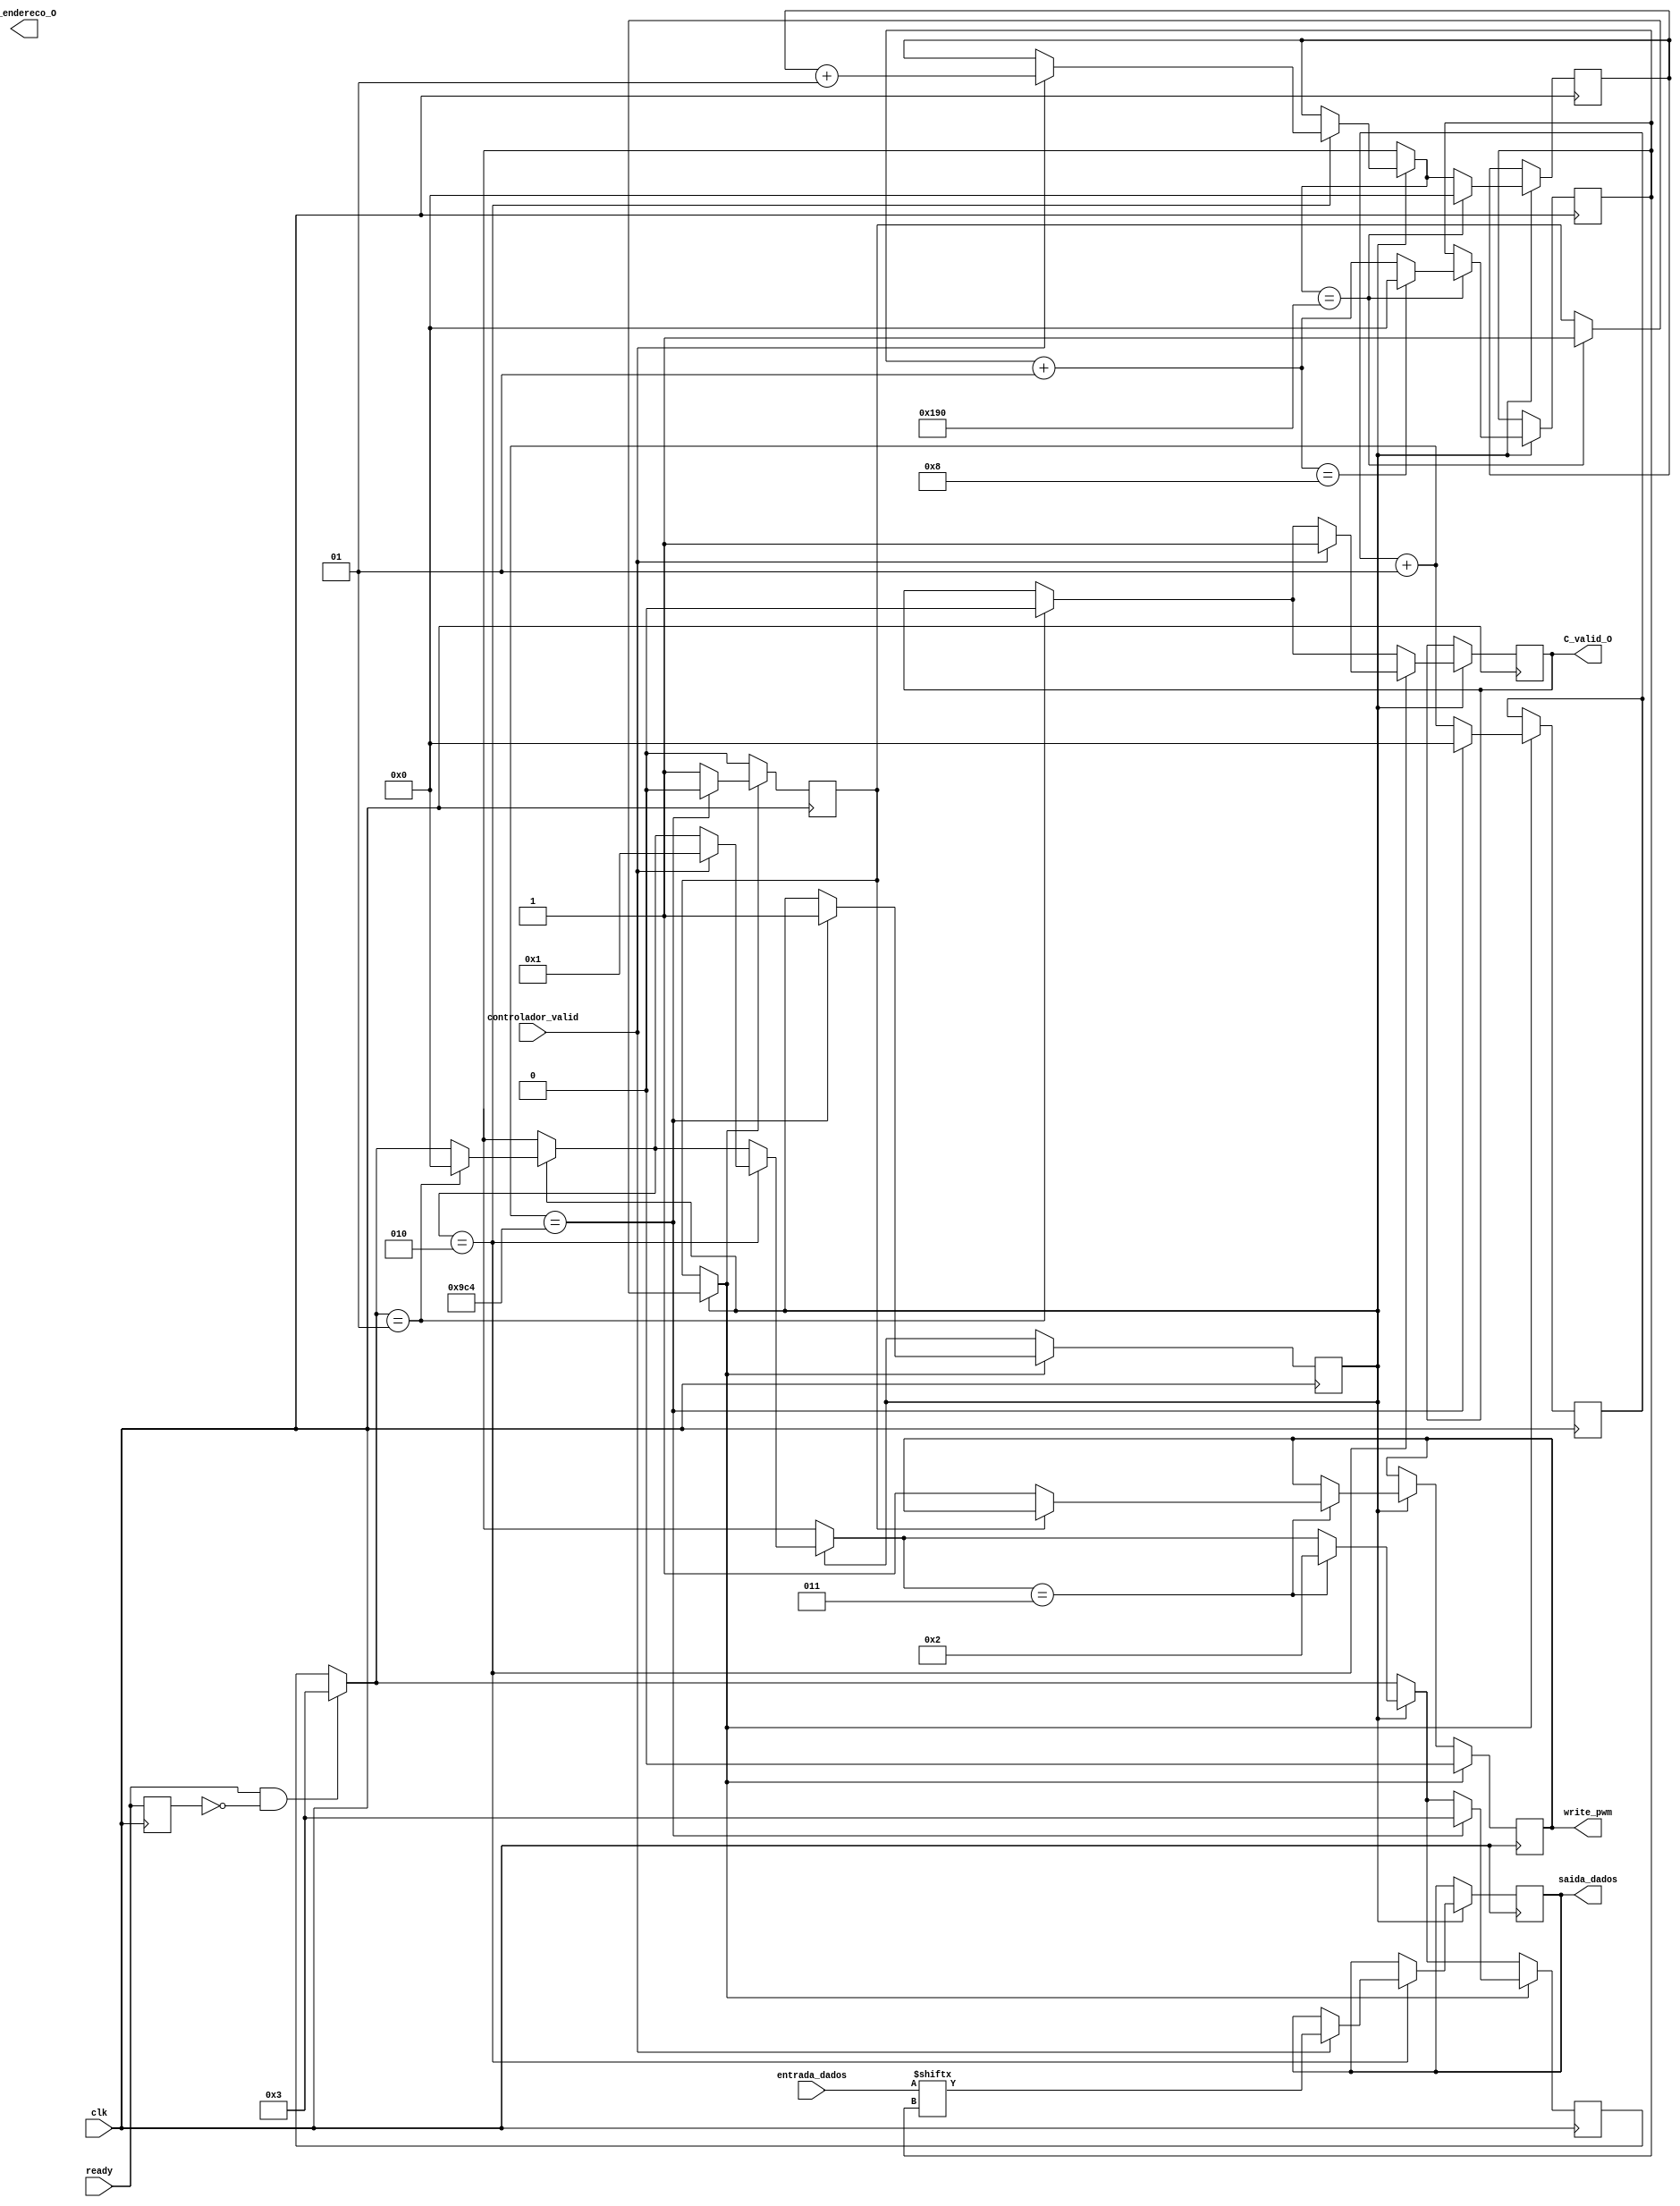
`timescale 1ns / 1ps
//////////////////////////////////////////////////////////////////////////////////
// Company: 
// Engineer: 
// 
// Design Name: 
// Module Name:    Controlador 
// Project Name: 
// Target Devices: 
// Tool versions: 
// Description: 
//
// Dependencies: 
//
// Revision: 
// Revision 0.01 - File Created
// Additional Comments: 
//
//////////////////////////////////////////////////////////////////////////////////
//o controlador vai ler os dados do fifo e enviar a volucidade necessaria os dados para o PWM
module Controlador(
	input wire clk,
	input wire [7:0] entrada_dados,
	//input wire print_flag, // vai receber do modulo do sensor quando  para passar a proxima tira
	input wire ready,    // vai receber do pwm quando  que  para enviar o proximo bit
	input wire controlador_valid,
	output reg saida_dados,
	output reg write_pwm = 0,
	output reg C_valid_O,
	output reg C_endereco_O
    );
reg print_flag = 1;	 
reg timer_flag = 0;	 // em prencipio assume como 1bit
reg dados_lidos_flag = 0;
integer state = 0;  // primeiro estado verifica se pode enviar o segundo envia
integer counter_50us = 0;
integer bit_counter = 0;
integer coluna = 0;

// exite o delay de 1 ciclo para ler os dados (desde que mandamos o sinal para ler)
// usar valid para indicar quando podemos ler do fifo

// para iniciar  preciso que o C_rea

reg c_ready_delay;
always @ (posedge clk) begin   // sistema para detectar quando select vai 0->1
    c_ready_delay = ready; //grava o numero anterior
end
wire c_ready_Rising = ready && !c_ready_delay;


always@ (posedge clk)
begin


	if (c_ready_Rising) // ativa a leitura de dados sempre que recebe o pedido do PWM
	begin
	state = 3; // reduces the bit usage
	end

	if (print_flag == 1)
	begin
		if (state == 1)
		begin
			C_valid_O = 0;
			state = 0;
		end
		
		if (state == 2)
		begin
//			read_fifo = 0; // para n darmos skip a nenhum bit
			if ( controlador_valid == 1) // flag que nos indica que podemos ler o barramento de dados
			begin
				saida_dados = entrada_dados [coluna]; // le do barramento que representa coluna que estamos a motrar
				bit_counter = bit_counter + 1;
				C_valid_O = 1; // indica que vamos enviar um bit temos de dar um atraso pq demora 1 ciclo a ler do fifo !				
				state = 1;						
			end
			
		end
		if (state == 3) 
		begin
			if (timer_flag == 0) // verificamos se podemos escrever no pwm
			write_pwm = 1; //ativamos o PWM (arranca antes de saber que bit vai escrever !)
			begin
//				read_fifo = 1; // indica a memoria que vamos ler (pode so ler no ciclo seguinte)
				state = 2;
			end
		end
		if (bit_counter == 400)
			begin
				bit_counter = 0;
				timer_flag = 1;
				coluna = coluna + 1;
			if (coluna == 8) // pq so temos 50 colunas logo fazemos o reset a 51
				begin
				coluna = 0;
				end
			end
	end
	if (timer_flag == 1) // delay nesseario para mudarmos de coluna
		begin		
		counter_50us = counter_50us + 1;
		write_pwm = 0;
		if (counter_50us == 2500) // define quanto tempo fica desligado
			begin
			counter_50us = 0;
			timer_flag = 0;
			print_flag = 1;
			state = 3;
			end			
		end
	



end


endmodule